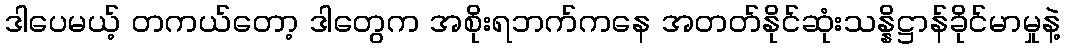
ဒါပေမယ့် တကယ်တော့ ဒါတွေက အစိုးရဘက်ကနေ အတတ်နိုင်ဆုံးသန္နိဋ္ဌာန်ခိုင်မာမှုနဲ့